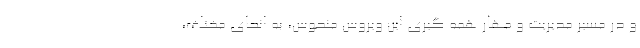
و در مسیر مدیریت و مهار همه گیری این ویروس منحوس، به انحای مختلف،